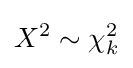
X^{2}\sim \chi _{k}^{2}